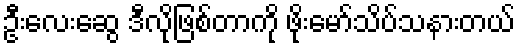
ဦးလေးဆွေ ဒီလိုဖြစ်တာကို ဖိုးမော်သိပ်သနားတယ်